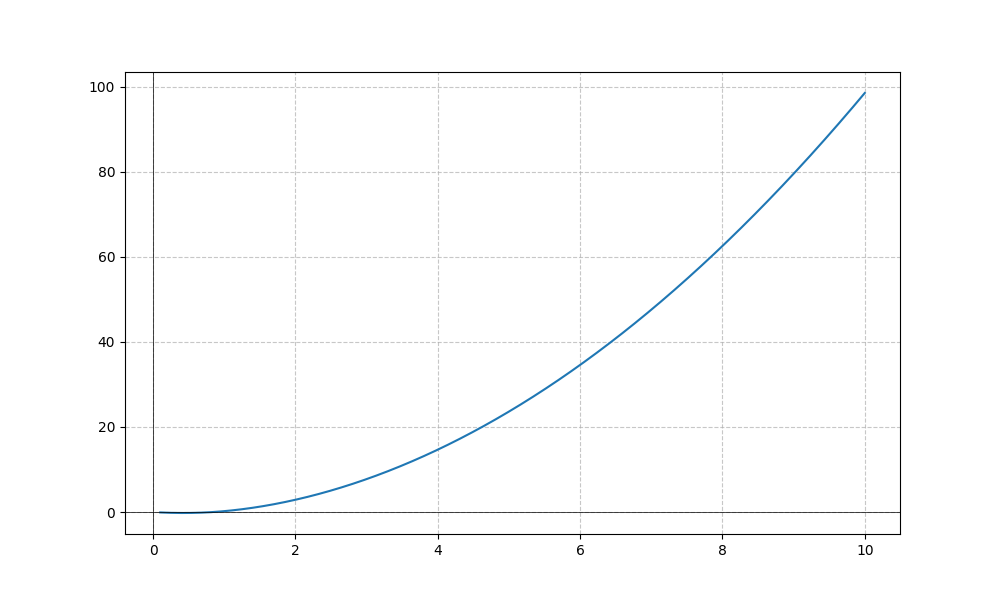
LaTeX formula: x^{2} - \operatorname{atan}{\left(x \right)}